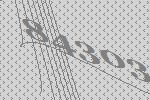
84303